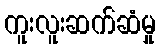
ကူးလူးဆက်ဆံမှု